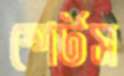
স্পের্টস